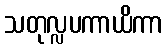
သတုလ္လပကာယိကာ